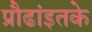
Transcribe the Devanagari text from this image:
प्रौढांइतके